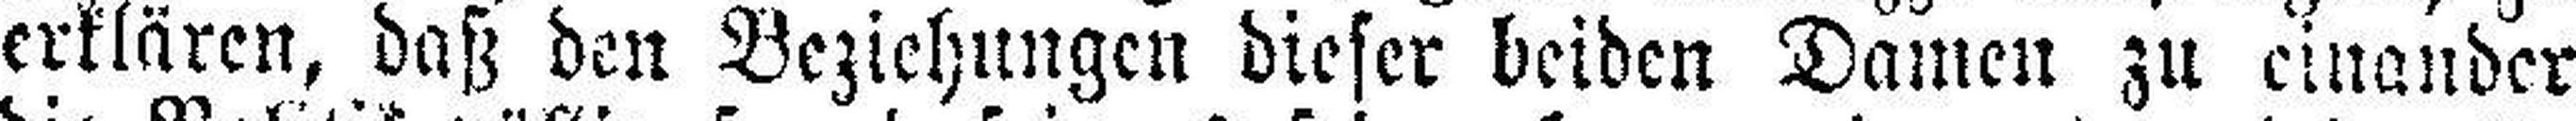
erklären, daß den Beziehungen dieser beiden Damen zu einander